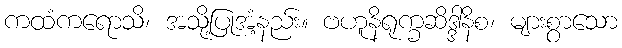
ကထံကရောသိ၊ အသို့ပြုအံ့နည်း။ ဗဟူနိရုက္ခဆိဒ္ဒါနိစ၊ များစွာသော